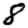
Digit: 8